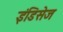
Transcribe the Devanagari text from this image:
इंडिसेज